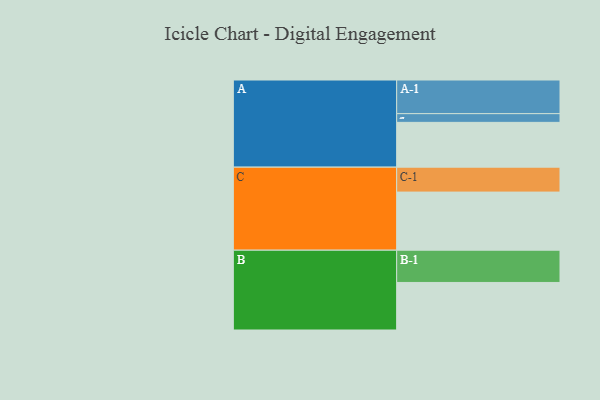
{"axis": {"x": "Segment", "y": "Value"}, "legend": ["", "A", "B", "C"], "data": [{"x": "A", "y": 390, "type": ""}, {"x": "B", "y": 414, "type": ""}, {"x": "C", "y": 506, "type": ""}, {"x": "A-1", "y": 293, "type": "A"}, {"x": "A-2", "y": 76, "type": "A"}, {"x": "B-1", "y": 281, "type": "B"}, {"x": "C-1", "y": 217, "type": "C"}]}